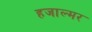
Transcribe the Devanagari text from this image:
हजाल्मर